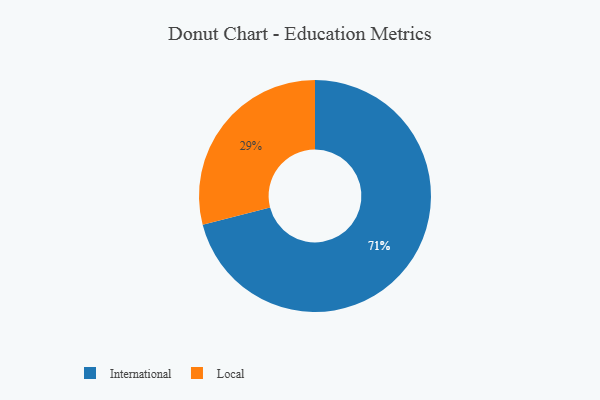
{"axis": {"x": "Category", "y": "Percentage"}, "legend": ["International", "Local"], "data": [{"x": "International", "y": 71, "type": "International"}, {"x": "Local", "y": 29, "type": "Local"}]}